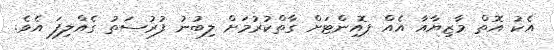
އެކު އޮތް މާޒިޔާއާ އެއް ޕޮއިންޓަށް ގާތްކުރުމަށް ލިބުނު ފުރުސަތު ގެއްލިފަ އެވެ.